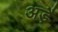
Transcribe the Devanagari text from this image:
अड़ै